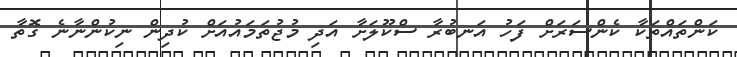
ކަންތައްތަކާ ކެންސަރަށް ފަހު އަނބުރާ ސްކޫލަށާ އަދި މުޖުތަމައުއަށް ކުދިން ނިކުންނާނެ ގޮތާ